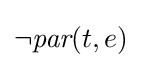
\lnot {\textit {par}}(t,e)